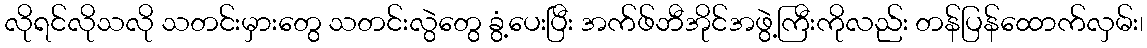
လိုရင်လိုသလို သတင်းမှားတွေ သတင်းလွဲတွေ ခွံ့ပေးပြီး အက်ဖ်ဘီအိုင်အဖွဲ့ကြီးကိုလည်း တန်ပြန်ထောက်လှမ်း၊